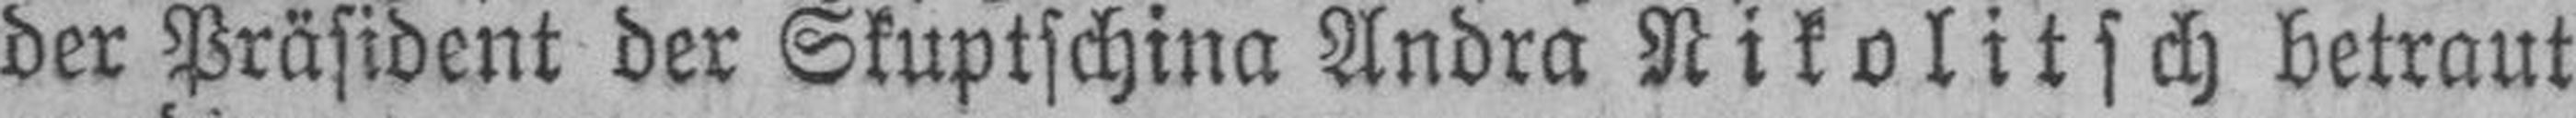
der Präsident der Skuptschina Andra Nikolitsch betraut